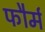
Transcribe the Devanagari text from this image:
फौर्म